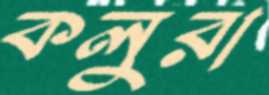
কলুরা